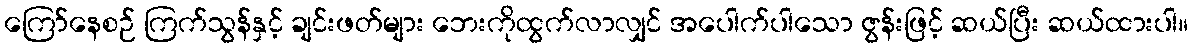
ကြော်နေစဉ် ကြက်သွန်နှင့် ချင်းဖတ်များ ဘေးကိုထွက်လာလျှင် အပေါက်ပါသော ဇွန်းဖြင့် ဆယ်ပြီး ဆယ်ထားပါ။